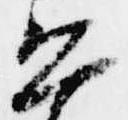
恐